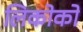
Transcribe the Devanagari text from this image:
लिकोको